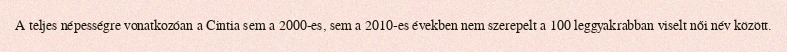
A teljes népességre vonatkozóan a Cintia sem a 2000-es, sem a 2010-es években nem szerepelt a 100 leggyakrabban viselt női név között.